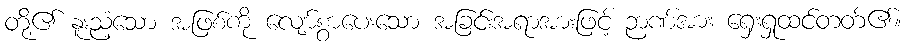
တို့၏ နူးညံ့သော အဖြစ်ကို လျော်စွာပေးသော အခြင်းအရာအားဖြင့် ဉာဏ်အား ရှေးရှုထင်တတ်၏။